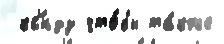
 кс'́ндз что́бы та́кже